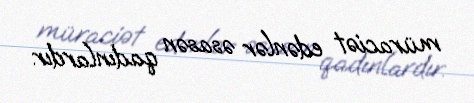
müraciət edənlər əsasən qadınlardır.